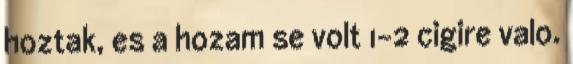
hoztak, es a hozam se volt 1-2 cigire valo.